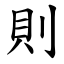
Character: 則